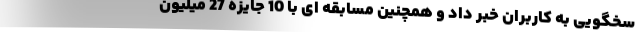
سخگویی به کاربران خبر داد و همچنین مسابقه ای با 10 جایزه 27 میلیون